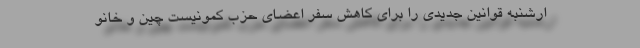
ارشنبه قوانین جدیدی را برای کاهش سفر اعضای حزب کمونیست چین و خانو